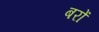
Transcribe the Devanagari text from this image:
बरों